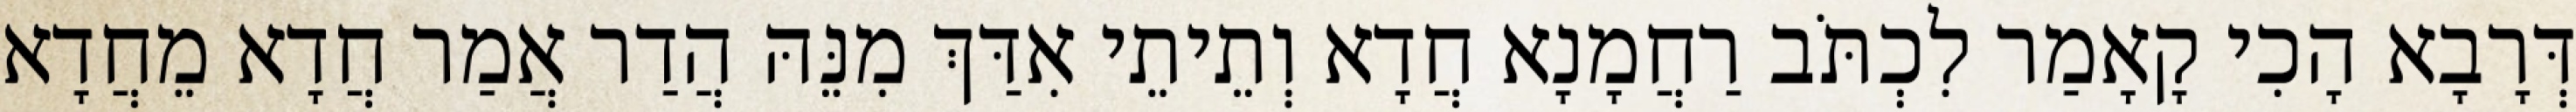
דְּרָבָא הָכִי קָאָמַר לִכְתֹּב רַחֲמָנָא חֲדָא וְתֵיתֵי אִדַּךְ מִנֵּהּ הֲדַר אֲמַר חֲדָא מֵחֲדָא